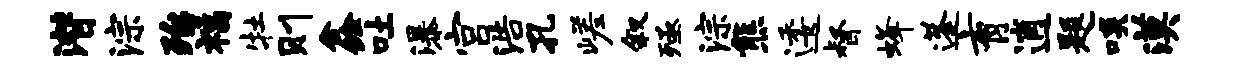
潜淙殆福牡则鑫吐瀑宫浩孔嵯叙殛淙熊逶督蜂蓬育逍题啖漠